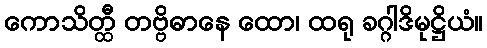
ကောသိတ္ထီ တဗ္ဗိဓာနေ ထော၊ ထရု ခဂ္ဂါဒိမုဋ္ဌိယံ။